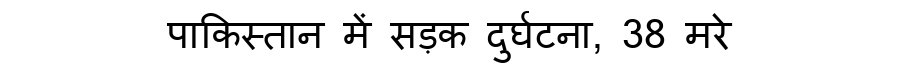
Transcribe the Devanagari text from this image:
पाकिस्तान में सड़क दुर्घटना, 38 मरे